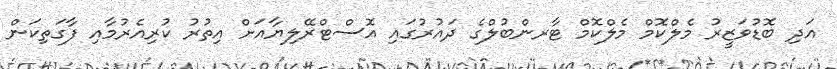
އަދި ބޮޑުވަޒީރު މެލްކޮމް މެލްކޮމް ޓާރންބުލްގެ ދައުރުގައި އޮސްޓްރޭލިޔާއަށް އިތުރު ކުރިއެރުމާއި ފާގަތިކަން